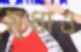
মৃধাও